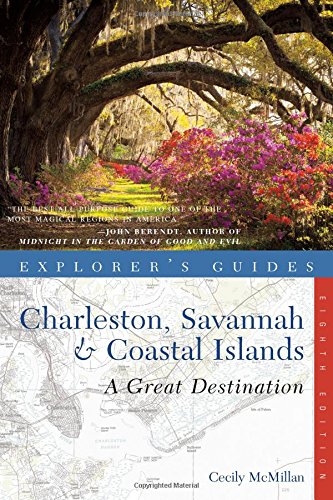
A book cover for Explorer's Guide Charleston, Savannah & Coastal Islands: A Great Destination (Eighth Edition)  (Explorer's Great Destinations); Cecily McMillan; Travel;